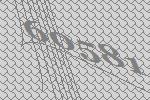
60581